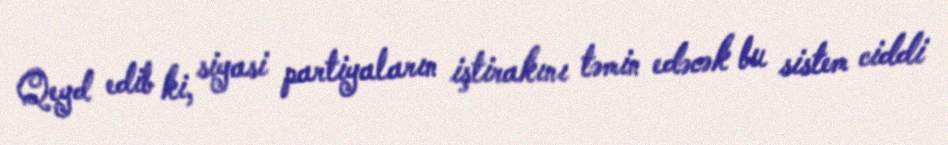
Qeyd edib ki, siyasi partiyaların iştirakını təmin edəcək bu sistem ciddi